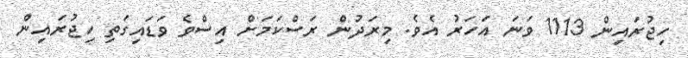
ހިޖުރައިން 1113 ވަނަ އަހަރު އެވެ. މިރަދުން ރަސްކަމަށް އިސްވެ ވަޑައިގަތި ހިޖުރައިން